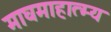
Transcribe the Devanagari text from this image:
माघमाहात्म्य